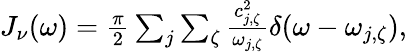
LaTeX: \begin{array}{r}{J_{\nu}(\omega)=\frac{\pi}{2}\sum_{j}\sum_{\zeta}\frac{c_{j,\zeta}^{2}}{\omega_{j,\zeta}}\delta(\omega-\omega_{j,\zeta}),}\end{array}